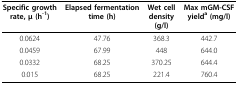
| Specific growthrate, μ (h-1) | Elapsed fermentationtime (h) | Wet celldensity (g/l) | Max mGM-CSFyielda (mg/l) |
 | --- | --- | --- | --- |
 | 0.0624 | 47.76 | 368.3 | 442.7 |
 | 0.0459 | 67.99 | 448 | 644.0 |
 | 0.0332 | 68.25 | 370.25 | 644.4 |
 | 0.015 | 68.25 | 221.4 | 760.4 |